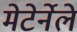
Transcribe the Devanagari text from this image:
मेटेर्नेले